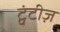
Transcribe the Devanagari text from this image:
ट्वंटीज़